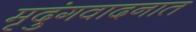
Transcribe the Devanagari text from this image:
मृदुंगवादनात